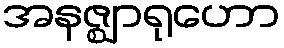
အနဇ္ဈာရုဟော